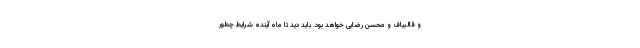
و قالیباف و محسن رضایی خواهد بود. باید دید تا ماه آینده شرایط چطور